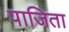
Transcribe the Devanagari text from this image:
पाजिता